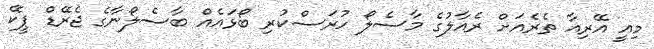
މިއީ އޭރިއާ ތެރެއަށް ރެއާލުގެ މާސެލޯ ހުރަސްކުރި ބޯޅައެއް ބާސެލޯނާގެ ޖެރޭޑް ޕީކޭ